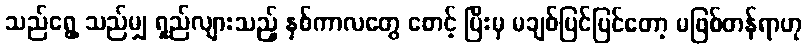
သည်ရွေ့ သည်မျှ ရှည်လျားသည့် နှစ်ကာလတွေ စောင့် ပြီးမှ မချစ်ပြင်ပြင်တော့ မဖြစ်တန်ရာဟု